Scientific memoirs by medical officers of the Army of India - Part V,
Year: 1890
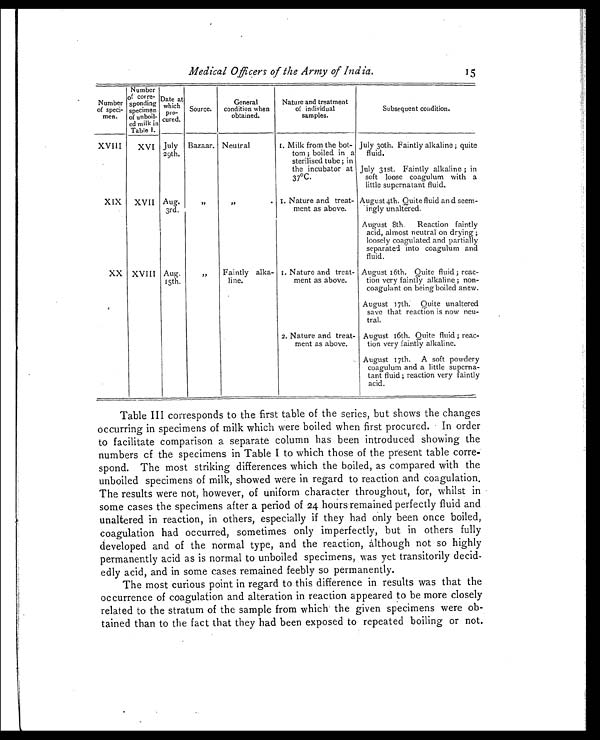
Medical Officers of the Army of India.
15
Number
of speci-
men.
Number
of corre-
sponding
specimen
of unboil-
ed milk in
Table 1.
Date at
which pro-
cured.
Source.
General
condition when
obtained.
Nature and treatment
of individual
samples.
Subsequent condition
XVIII
XVI July
29th.
Bazaar. Neutral
1. Milk from the bot-
tom ; boiled in a
sterilised tube; in
the incubator at
37°C.
July 30th. Faintly alkaline; quite
fluid.
July 31st. Faintly alkaline ; in
soft loose coagulum with a
little supernatant fluid.
XIX XVII Aug.
3rd.
, ,
,,
1. Nature and treat-
ment as above.
August 4th. Quite fluid and seem-
ingly unaltered.
August 8th. Reaction faintly
acid, almost neutral on drying ;
loosely coagulated and partially
separated into coagulum and
fluid.
XX XVIII Aug.
15th.
, ,
Faintly alka-
line.
1. Nature and treat-
ment as above.
August 16th. Quite fluid ; reac-
tion very faintly alkaline ; non-
coagulant on being boiled anew.
August 17th. Quite unaltered
save that reaction is now neu-
tral.
2. Nature and treat-
ment as above.
August 16th. Quite fluid ; reac-
tion very faintly alkaline.
August 17th. A soft powdery
coagulum and a little superna-
tant fluid ; reaction very faintly
acid.
Table III corresponds to the first table of the series, but shows the changes
occurring in specimens of milk which were boiled when first procured. In order
to facilitate comparison a separate column has been introduced showing the
numbers of the specimens in Table I to which those of the present table corre-
spond. The most striking differences which the boiled, as compared with the
unboiled specimens of milk, showed were in regard to reaction and coagulation.
The results were not, however, of uniform character throughout, for, whilst in
some cases the specimens after a period of 24 hours remained perfectly fluid and
unaltered in reaction, in others, especially if they had only been once boiled,
coagulation had occurred, sometimes only imperfectly, but in others fully
developed and of the normal type, and the reaction, although not so highly
permanently acid as is normal to unboiled specimens, was yet transitorily decid-
edly acid, and in some cases remained feebly so permanently.
The most curious point in regard to this difference in results was that the
occurrence of coagulation and alteration in reaction appeared to be more closely
related to the stratum of the sample from which' the given specimens were ob-
tained than to the fact that they had been exposed to repeated boiling or not.